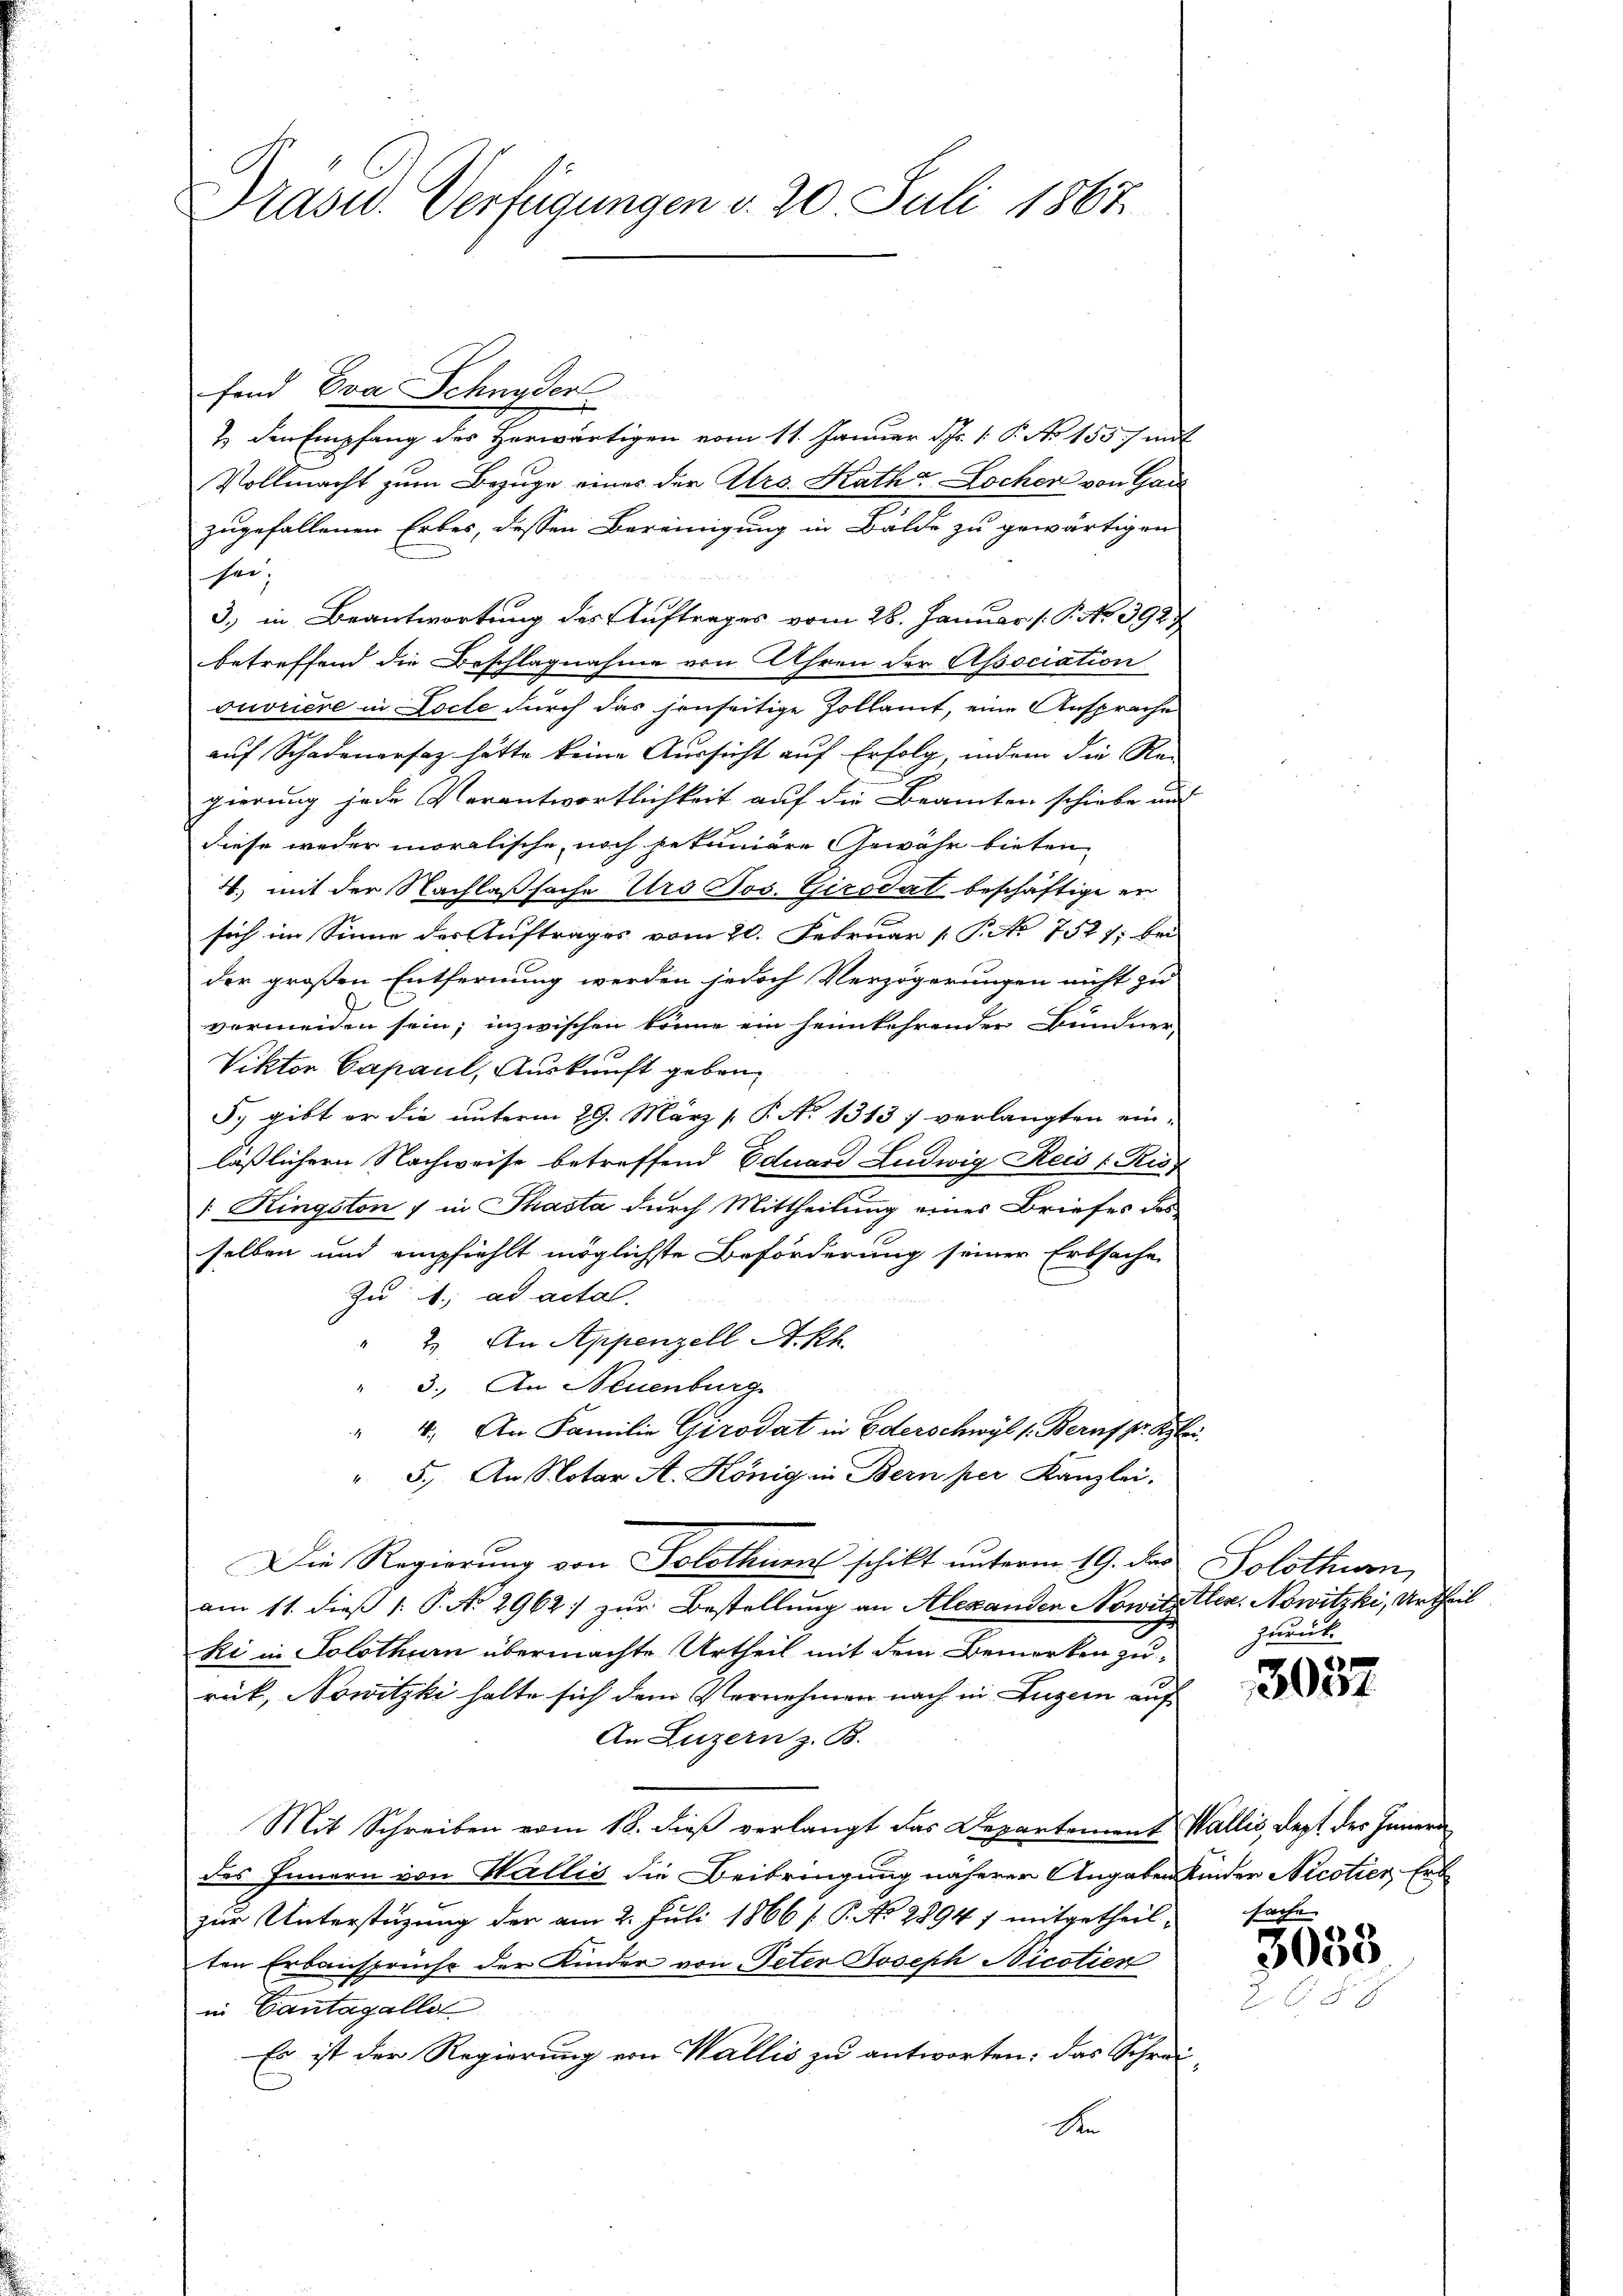
Präsid. Verfügungen d. 20. Juli 1867

fond Eva Schnyder
2. den Empfang des Herwärtigen vom 11. Januar d. 1. P. No 155 mit
Vollmacht zum Bezuge eines der Atro. Rath Locher von Gan
zugefallenen Erbes, dessen Bereinigung in Bälde zu gewärtigen
sei,
3.) in Beantwortung des Auftrages vom 28. Januar (P. No 392.
betreffend die Beschlagnahme von Ahren der Association
ouvriere in Docte durch das jenseitige Zollamt, eine Ansprache
auf Schadenersatz hätte keine Aussicht auf Erfolg, indem die Re-

gierung jede Verantwortlichkeit auf die Beamten schiebe und
diese weder moralische, noch bekuniäre Gewähr bieten,
4. mit der Nachlaßsache Urs Jos. Girodat beschäftige er
sich im Sinne der Auftrages vom 20. Februar [ P. No 7527; bei
der großen Entfernung werden jedoch Verzögerungen nicht zu
vermeiden sein; inzwischen könne ein heimkehrender Bundner
Viktor Capaul, Auskunft geben
5, gibt er die unterm 29. März [ P. N. 1313) verlangten ein-
läßlichern Nachweise betreffend Eduard Ludwig Reis 1 Ris
 Ringston & in Thasta durch Mittheilung eines Briefes des
selben und empfiehlt möglichste Beförderung seiner Erbsache
Zu 1. ad actal.
" 2. An Appenzell A.-Rh.
" 3. An Neuenburg
" 4. An Familie Girodat in Ederschwyl s. Beruf pr. Klei
" 5. An Notar A. König in Bern per Kanzlei,
Die Regierung von Solothurn schikt unterm 19. des Solothurn,
am 11. dieß 1: P. No 2962 zur Bestellung an Alexanden Nowicellen. Nowitzki, Urtheil
ki in Solothurn übermachte Urtheil mit dem Bemerken zu-
rük, Nowitzki halte sich dem Vernehmen nach in Luzern auf
An Luzern z. B.
Mit Schreiben vom 18. dieß verlangt das Departement Wallis, dept des Innern
des Innern von Wallis die Beibringung näherer Angaben Kinder Nicotier Erb
zur Unterstüzung der am 2. Juli 1866 [P. No 2894 7 mitgetheil-
ten Erbansprucht der Kinder von Peter Joseph Nicotier
in Cantagalle
Es ist der Regierung von Wallis zu antworten: das Schrei¬
An

zurück

3037

sache
3038